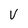
Character: V